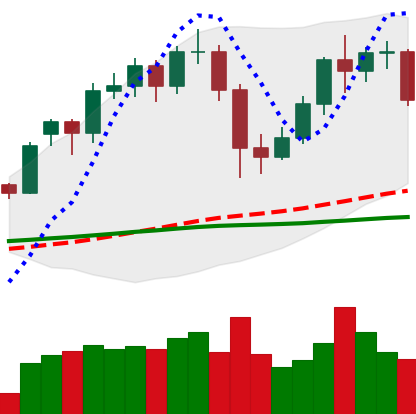
Ticker: LTC-USD
Chart end date: 2020-12-04
Forward return: -3.257%
Label: down_3_5